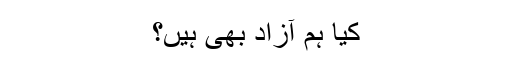
کیا ہم آزاد بھی ہیں؟